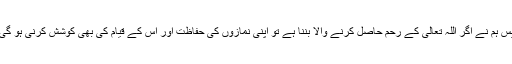
پس ہم نے اگر اللہ تعالیٰ کے رحم حاصل کرنے والا بننا ہے تو اپنی نمازوں کی حفاظت اور اُس کے قیام کی بھی کوشش کرنی ہو گی۔